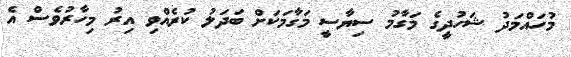
މުހައްމަދު ޝަހުދީގެ މަގާމު ސިޔާސީ މަގާމަކަށް ބަދަލު ކުރެއްވި އިރު މިހާރުވެސް އެ